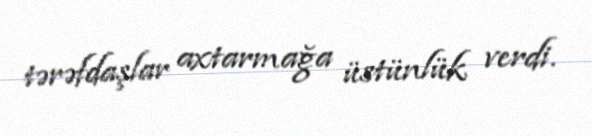
tərəfdaşlar axtarmağa üstünlük verdi.